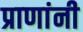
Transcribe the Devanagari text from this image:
प्राणांनी